Indian Medical Review
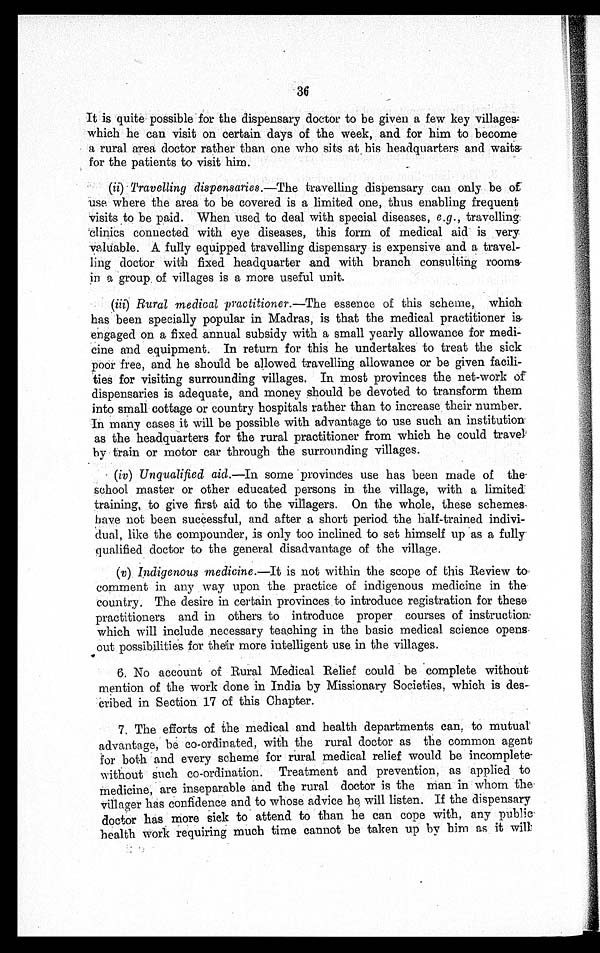
• 36
It is quite possible for the dispensary doctor to be given a few key villages
which he can visit on certain days of the week, and for him to become
a rural area doctor rather than one who sits at . his headquarters and waits
for the patients to visit him.
(ii) Travelling dispensaries.—The travelling dispensary can only be of
use where the area to be covered is a limited one, thus enabling frequent
Visits to be paid. When used to deal with special diseases, e.g ., travelling:
'clinics connected with eye diseases, this form of medical aid is very
valuable. A. fully equipped travelling dispensary is expensive and a travel-
ling doctor with fixed headquarter and with branch consulting rooms.
in a group . of villages is a more useful unit.
(iii) Rural medical practitioner.—The essence of this scheme, which
has been specially popular in Madras, is that the medical practitioner is
engaged on a fixed annual subsidy with a small yearly allowance for medi-
cine and equipment. In return for this he undertakes to treat the sick
poor free, and he should be allowed travelling allowance or be given facili-
ties for visiting surrounding villages. In most provinces the net-work of
dispensaries is adequate, and money should be devoted to transform them
into small cottage or country hospitals rather than to increase their number.
In many cases it will be possible with advantage to use such an institution
as the headquarters for the rural practitioner from which he could travel
by train or motor car through the surrounding villages.
(iv)
Unqualified aid .—In some provinces use has been made of the
school master or other educated persons in the village, with a limited
training, to give first aid to the villagers. On the whole, these schemes
have not been successful, and after a short period the half-trained indivi-
dual, like the compounder, is only too inclined to set himself up as a fully
qualified doctor to the general disadvantage of the village.
(v) Indigenous medicine.—It is not within the scope of this Review to
comment in any way upon the practice of indigenous medicine in the
country. The desire in certain provinces to introduce registration for these
practitioners and in others to introduce proper courses of instruction
which will include necessary teaching in the basic medical science opens
out possibilities for their more intelligent use . in the villages.
6. No account of Rural Medical Relief could be complete without
mention of the work done in India by Missionary Societies, which is des
- c r i b e d i n S e c t i o n 1 7 o f t h i s C h a p t e r .
•
7. The efforts of the medical and health departments can, to mutual
advantage, be co-ordinated, with the rural doctor as the common agent
for both and every scheme for rural medical relief would be incomplete
without such co-ordination. Treatment and prevention, as applied to
medicine, are inseparable and the rural doctor is the man in whom the
v i l l a g e r h a s c o n f i d e n c e a n d t o w h o s e a d v i c e h e w i l l l i s t e n . I f t h e d i s p e n s a r y
doctor has more sick to attend to than he can cope with, any public
health Work requiring much time cannot be taken up by him as it will